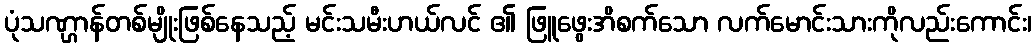
ပုံသဏ္ဌာန်တစ်မျိုးဖြစ်နေသည့် မင်းသမီးဟယ်လင် ၏ ဖြူဖွေးအိစက်သော လက်မောင်းသားကိုလည်းကောင်း၊